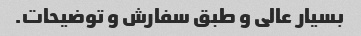
بسیار عالی و طبق سفارش و توضیحات.